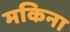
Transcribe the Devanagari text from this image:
मकिना